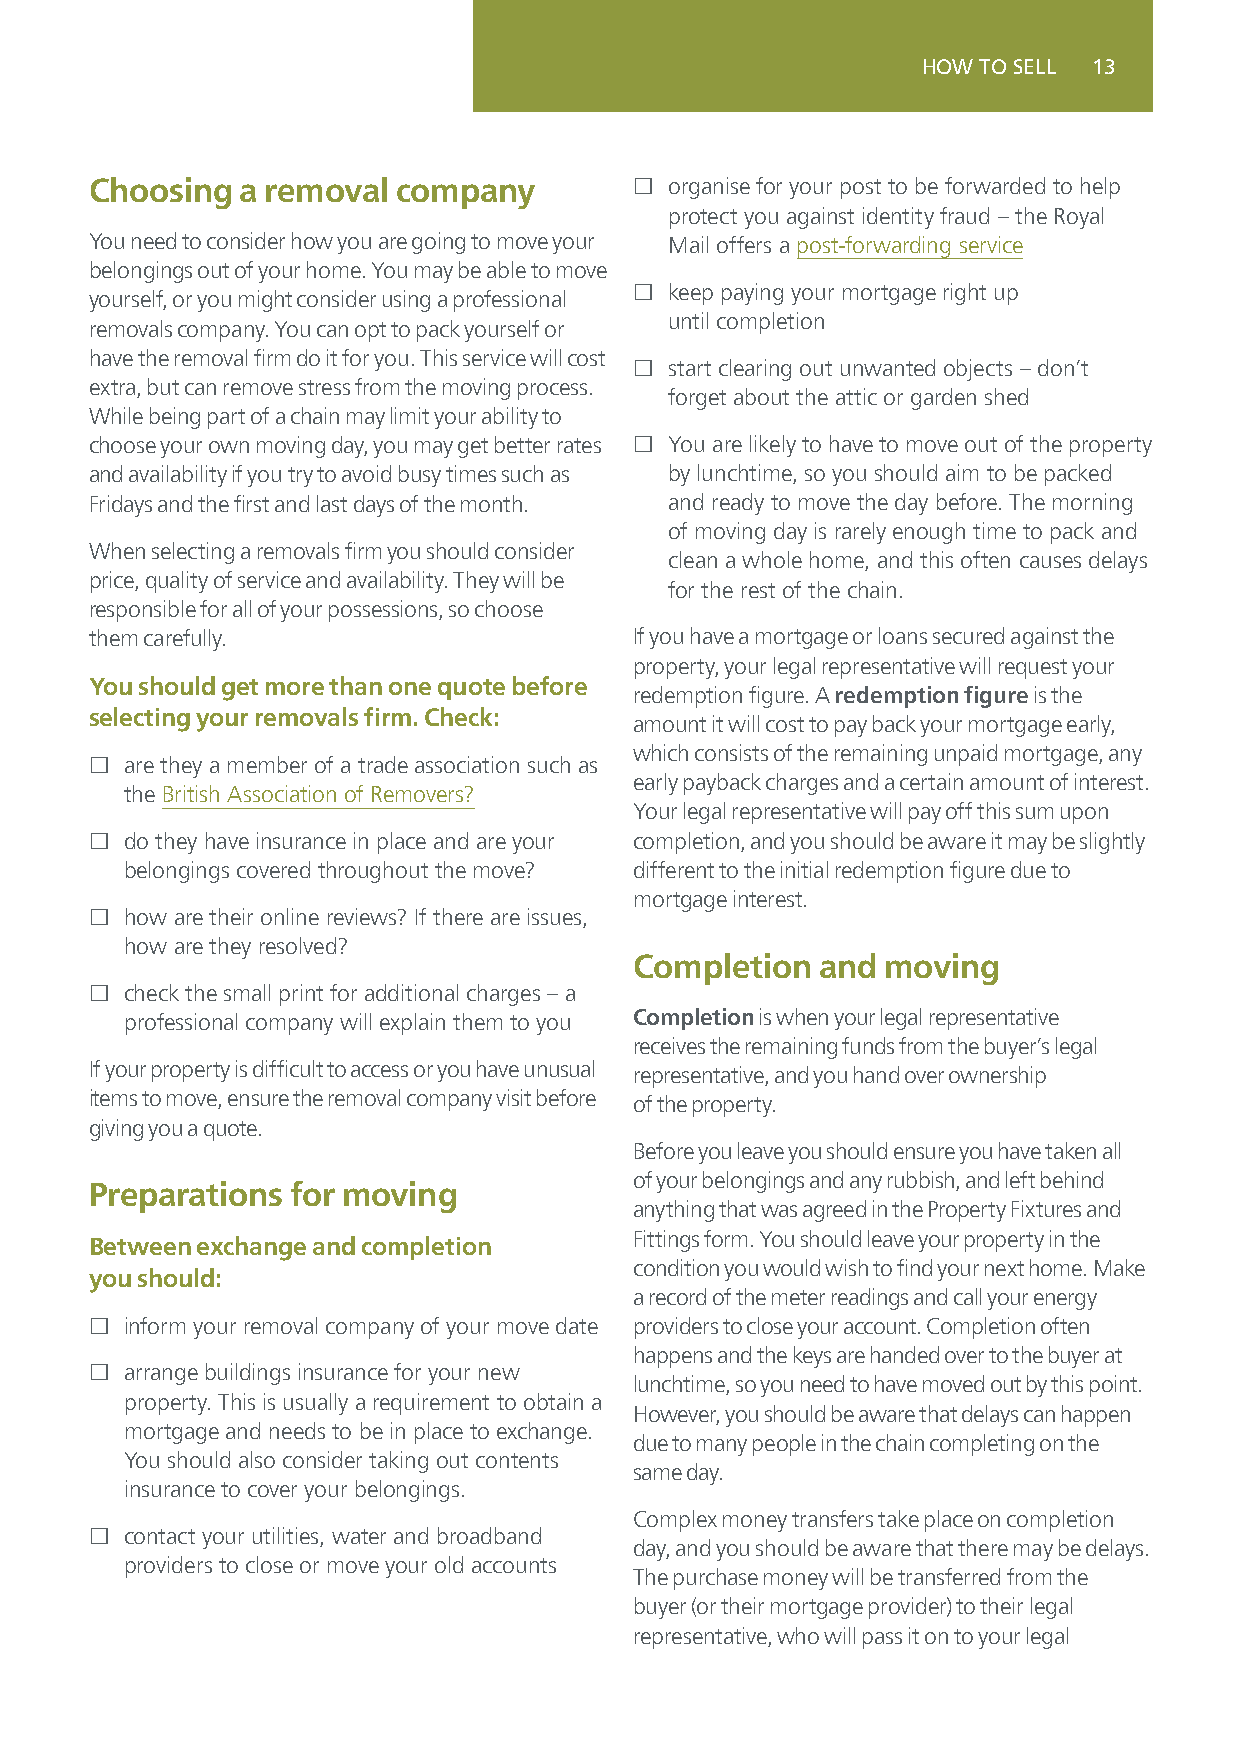
HOW TO SELL 13
 Choosing  a removal company         £ organise for your post to be forwarded to help
 protect you against identity fraud – the Royal
 You need to consider how you are going to move your Mail offers a post-forwarding service
 belongings out of your home. You may be able to move
 £ keep paying your mortgage right up
 yourself, or you might consider using a professional
 until completion
 removals company. You can opt to pack yourself or
 have the removal firm do it for you. This service will cost
 £ start clearing out unwanted objects – don’t
 extra, but can remove stress from the moving process.
 forget about the attic or garden shed
 While being part of a chain may limit your ability to
 choose your own moving day, you may get better rates £ You are likely to have to move out of the property
 and availability if you try to avoid busy times such as by lunchtime, so you should aim to be packed
 Fridays and the first and last days of the month. and ready to move the day before. The morning
 of moving day is rarely enough time to pack and
 When selecting a removals firm you should consider
 clean a whole home, and this often causes delays
 price, quality of service and availability. They will be
 for the rest of the chain.
 responsible for all of your possessions, so choose
 them carefully.                     If you have a mortgage or loans secured against the
 property, your legal representative will request your
 You should get more than one quote before
 redemption figure. A redemption figure is the
 selecting your removals firm. Check:
 amount it will cost to pay back your mortgage early,
 which consists of the remaining unpaid mortgage, any
 £ are they a member of a trade association such as
 early payback charges and a certain amount of interest.
 the British Association of Removers?
 Your legal representative will pay off this sum upon
 £ do they have insurance in place and are your completion, and you should be aware it may be slightly
 belongings covered throughout the move? different to the initial redemption figure due to
 mortgage interest.
 £ how are their online reviews? If there are issues,
 how are they resolved?
 Completion  and moving
 £ check the small print for additional charges – a
 professional company will explain them to you Completion is when your legal representative
 receives the remaining funds from the buyer’s legal
 If your property is difficult to access or you have unusual representative, and you hand over ownership
 items to move, ensure the removal company visit before of the property.
 giving you a quote.
 Before you leave you should ensure you have taken all
 of your belongings and any rubbish, and left behind
 Preparations for moving
 anything that was agreed in the Property Fixtures and
 Fittings form. You should leave your property in the
 Between exchange and completion
 condition you would wish to find your next home. Make
 you should:
 a record of the meter readings and call your energy
 £ inform your removal company of your move date providers to close your account. Completion often
 happens and the keys are handed over to the buyer at
 £ arrange buildings insurance for your new
 lunchtime, so you need to have moved out by this point.
 property. This is usually a requirement to obtain a
 However, you should be aware that delays can happen
 mortgage and needs to be in place to exchange.
 due to many people in the chain completing on the
 You should also consider taking out contents
 same day.
 insurance to cover your belongings.
 Complex money transfers take place on completion
 £ contact your utilities, water and broadband
 day, and you should be aware that there may be delays.
 providers to close or move your old accounts
 The purchase money will be transferred from the
 buyer (or their mortgage provider) to their legal
 representative, who will pass it on to your legal